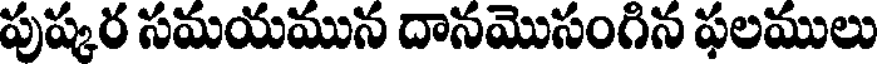
పుష్కర సమయమున దానమొసంగిన ఫలములు